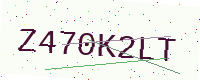
Text: Z470K2LT